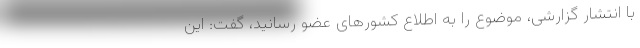
با انتشار گزارشی، موضوع را به اطلاع کشورهای عضو رسانید، گفت: این